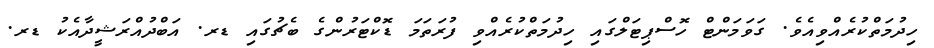
ހިދުމަތްކުރެއްވިއެވެ. ގަވަމަންޓް ހޮސްޕިޓަލްގައި ހިދުމަތްކުރެއްވި ފުރަތަމަ ޑޮކްޓަރުންގެ ބެޗުގައި ޑރ. އަބްދުއްރަޝީދާއެކު ޑރ.